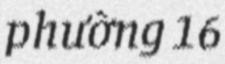
phường 16